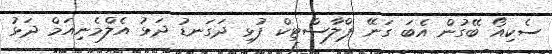
ސެކިއޯ ބޭގުން އެބަ ގަނޭ ޕްލާސްޓިކް ފުޅި ދަގަނޑު ދަޅު އެލްމެނިއަމް ދަޅު